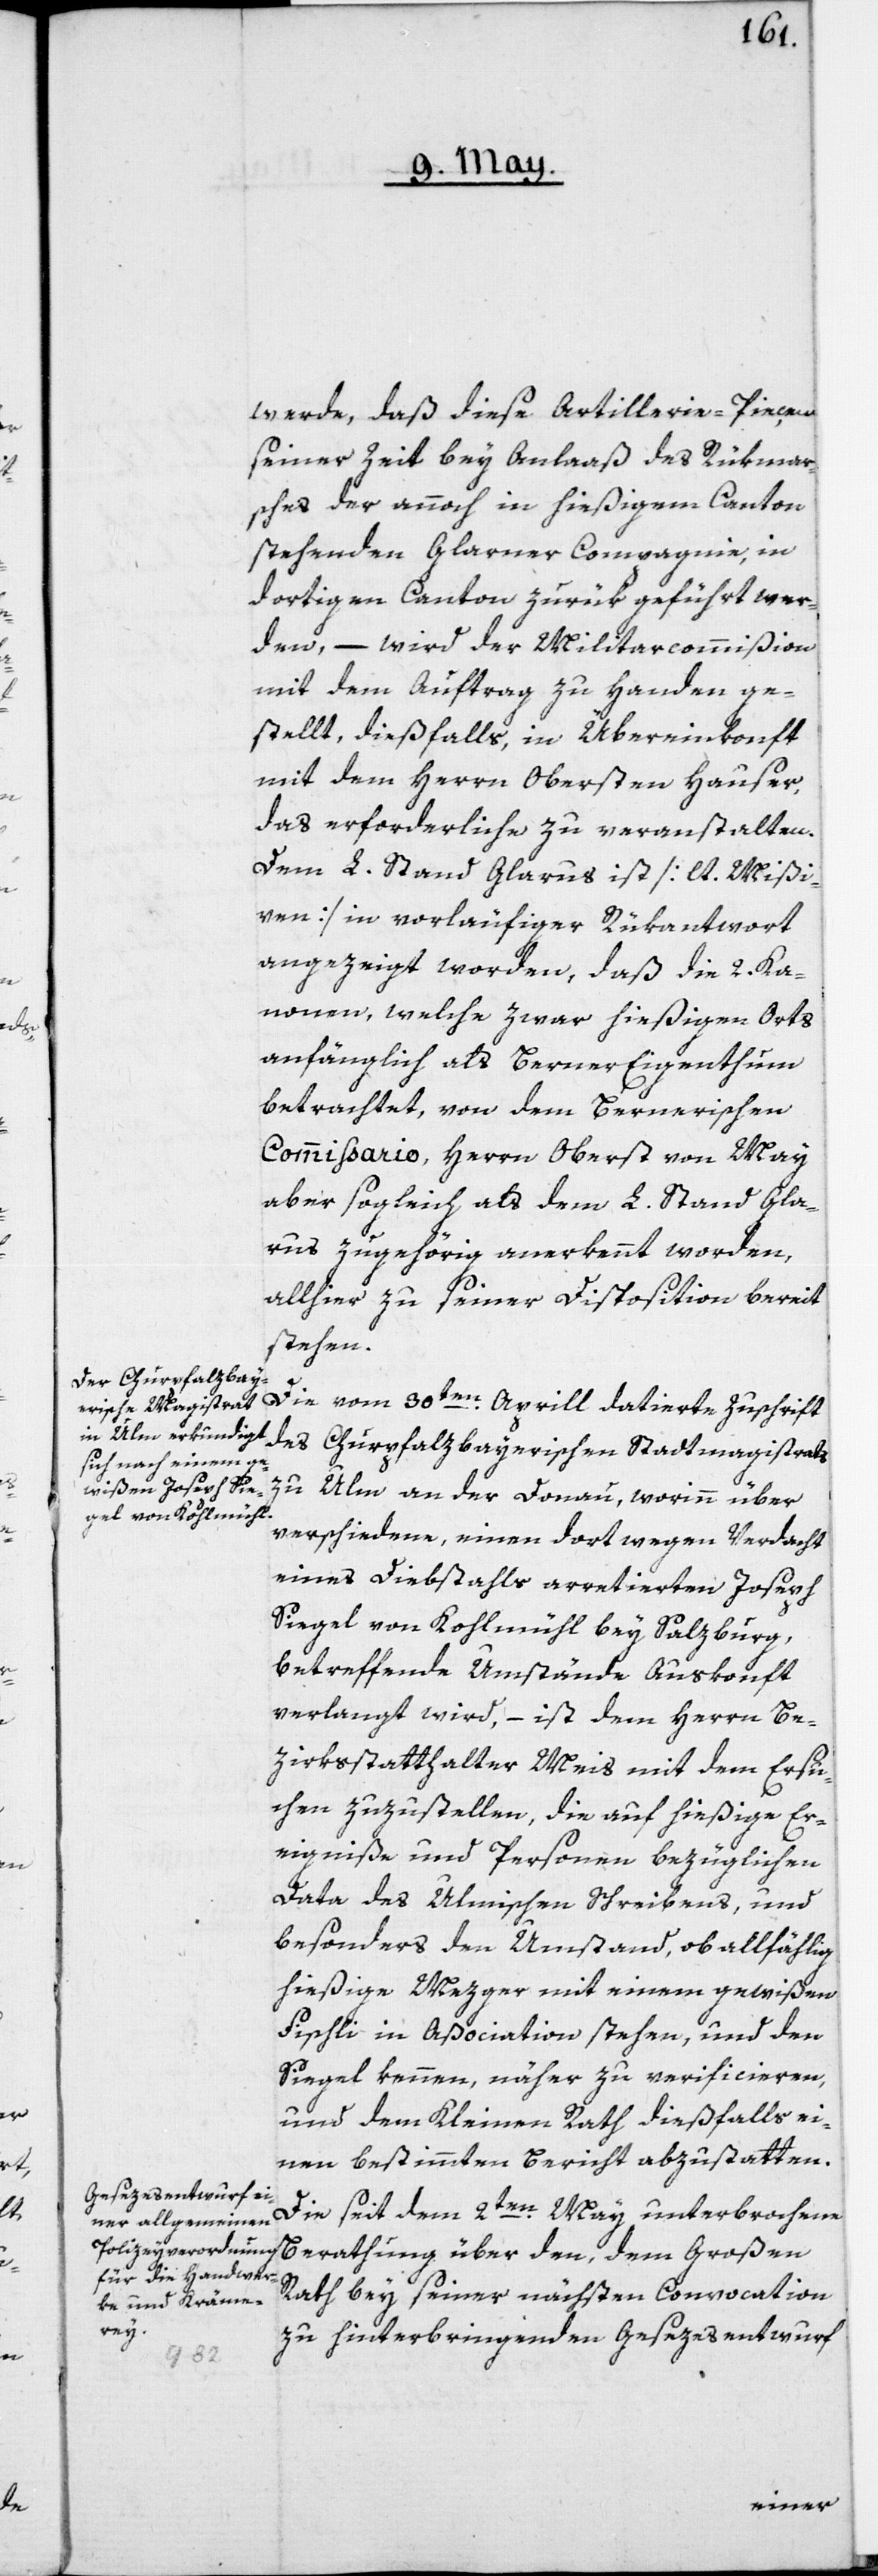
werde, daß diese Artillerie-Pieçen
seinerzeit bey Anlaß des Rükmar¬
sches der annoch in hießigem Canton
stehenden Glarner Compagnie, in
dortigen Canton zurük geführt wer¬
den, – wird der Militarcommißion
mit dem Auftrag zu Handen ge¬
stellt, dießfalls in Übereinkonft
mit dem Herrn Obersten Hauser,
das erforderliche zu veranstalten.
Dem L. Stand Glarus ist [lt. Mißi¬
ven] in vorläufiger Rükantwort
angezeigt worden, daß die 2. Ka¬
nonen, welche zwar hießigen Orts
anfänglich als Berner Eigenthum
betrachtet, von dem Bernerischen
Commißario, Herrn Oberst von May,
aber sogleich als dem L. Stand Gla¬
rus zugehörig anerkennt worden,
allhier zu seiner Disposition bereit
stehen.
Die vom 30ten Aprill datierte Zuschrift
des Churpfalzbayerischen Stadtmagistrats
zu Ulm an der Donau, worinn über
verschiedene, einen dort wegen Verdacht
eines Diebstahls arretierten Joseph
Siegel von Kohlmühl bey Salzburg,
betreffende Umstände Auskonft
verlangt wird, – ist dem Herrn Be¬
zirksstatthalter Meis mit dem Ersu¬
chen zuzustellen, die auf hießige Er¬
eigniße und Personen bezüglichen
Data des ulmischen Schreibens, und
besonders den Umstand, ob allfählig
hießige Mezger mit einem gewißen
Fischli in Aßociation stehen, und den
Siegel kennen, näher zu verificieren,
und dem Kleinen Rath dießfalls ei¬
nen bestimmten Bericht abzustatten.
Die seit dem 2ten May unterbrochene
Berathung über den, dem Großen
Rath bey seiner nächsten Convocation
zu hinterbringenden Gesezesentwurf